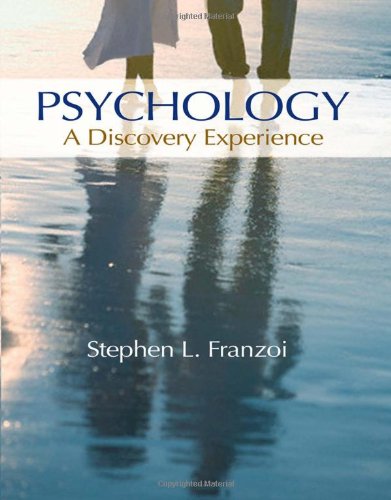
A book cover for Psychology: A Discovery Experience (Social Studies Solutions); Stephen L. Franzoi; Business & Money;